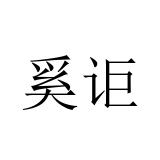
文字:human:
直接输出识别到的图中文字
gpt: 奚讵